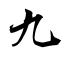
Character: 九